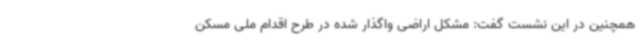
همچنین در این نشست گفت: مشکل اراضی واگذار شده در طرح اقدام ملی مسکن